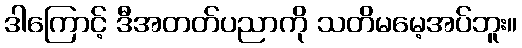
ဒါကြောင့် ဒီအတတ်ပညာကို သတိမမေ့အပ်ဘူး။